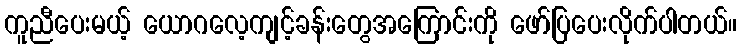
ကူညီပေးမယ့် ယောဂလေ့ကျင့်ခန်းတွေအကြောင်းကို ဖော်ပြပေးလိုက်ပါတယ်။